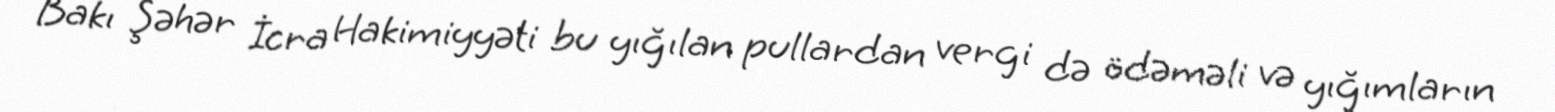
Bakı Şəhər İcra Hakimiyyəti bu yığılan pullardan vergi də ödəməli və yığımların